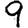
Digit: 9